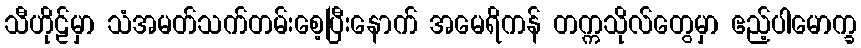
သီဟိုဠ်မှာ သံအမတ်သက်တမ်းစေ့ပြီးနောက် အမေရိကန် တက္ကသိုလ်တွေမှာ ဧည့်ပါမောက္ခ